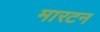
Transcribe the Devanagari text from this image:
मारटन